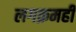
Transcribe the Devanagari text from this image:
लगक्रमही